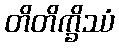
တိတိက္ခိဿံ